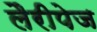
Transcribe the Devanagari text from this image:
लैरीपेज